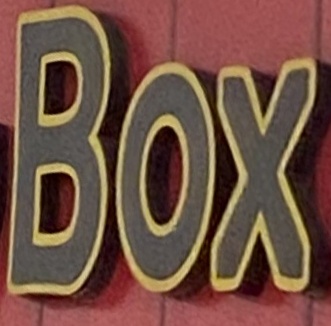
Box